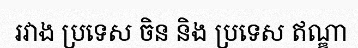
រវាង ប្រទេស ចិន និង ប្រទេស ឥណ្ឌា